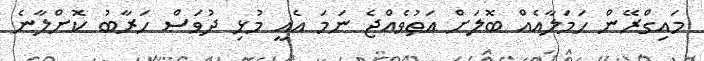
މައިގްރޭން ހަމަލާއެއް ބޮލަށް އަތުވެއްޖެ ނަމަ އެއީ މުޅި ދުވަސް ހަރާބު ކޮށްލާނެ